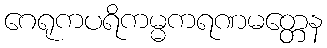
ဂေရုကပရိကမ္မကရဏမတ္တေန